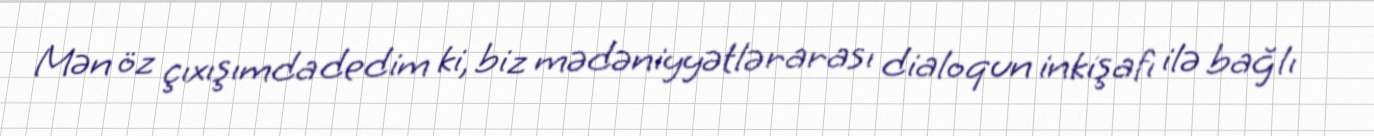
Mən öz çıxışımda dedim ki, biz mədəniyyətlərarası dialoqun inkişafı ilə bağlı